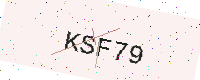
Text: KSF79